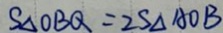
S _ { \Delta } O B Q = 2 S _ { \Delta } A O B